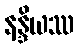
နန္ဒိယဿ